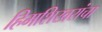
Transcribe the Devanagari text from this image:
हिमशिखरांचा